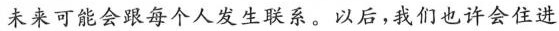
未来可能会跟每个人发生联系。以后，我们也许会住进